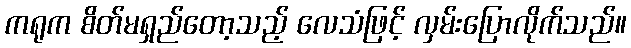
ကရုက စိတ်မရှည်တော့သည့် လေသံဖြင့် လှမ်းပြောလိုက်သည်။